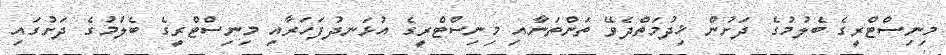
މިނިސްޓްރީގެ ބެލުމުގެ ދަށުން ޚިދުމަތްދެވޭ ތަންތަނާއި މިނިސްޓްރީގެ އުޅަނދުފަހަރާއި މިނިސްޓްރީގެ ބެލުމުގެ ދަށުގައި